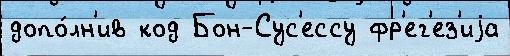
допо́лн'ив код Бон-Сус'ессу фр'ег'ез'иjа